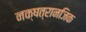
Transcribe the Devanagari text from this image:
नक्षत्रानजिक